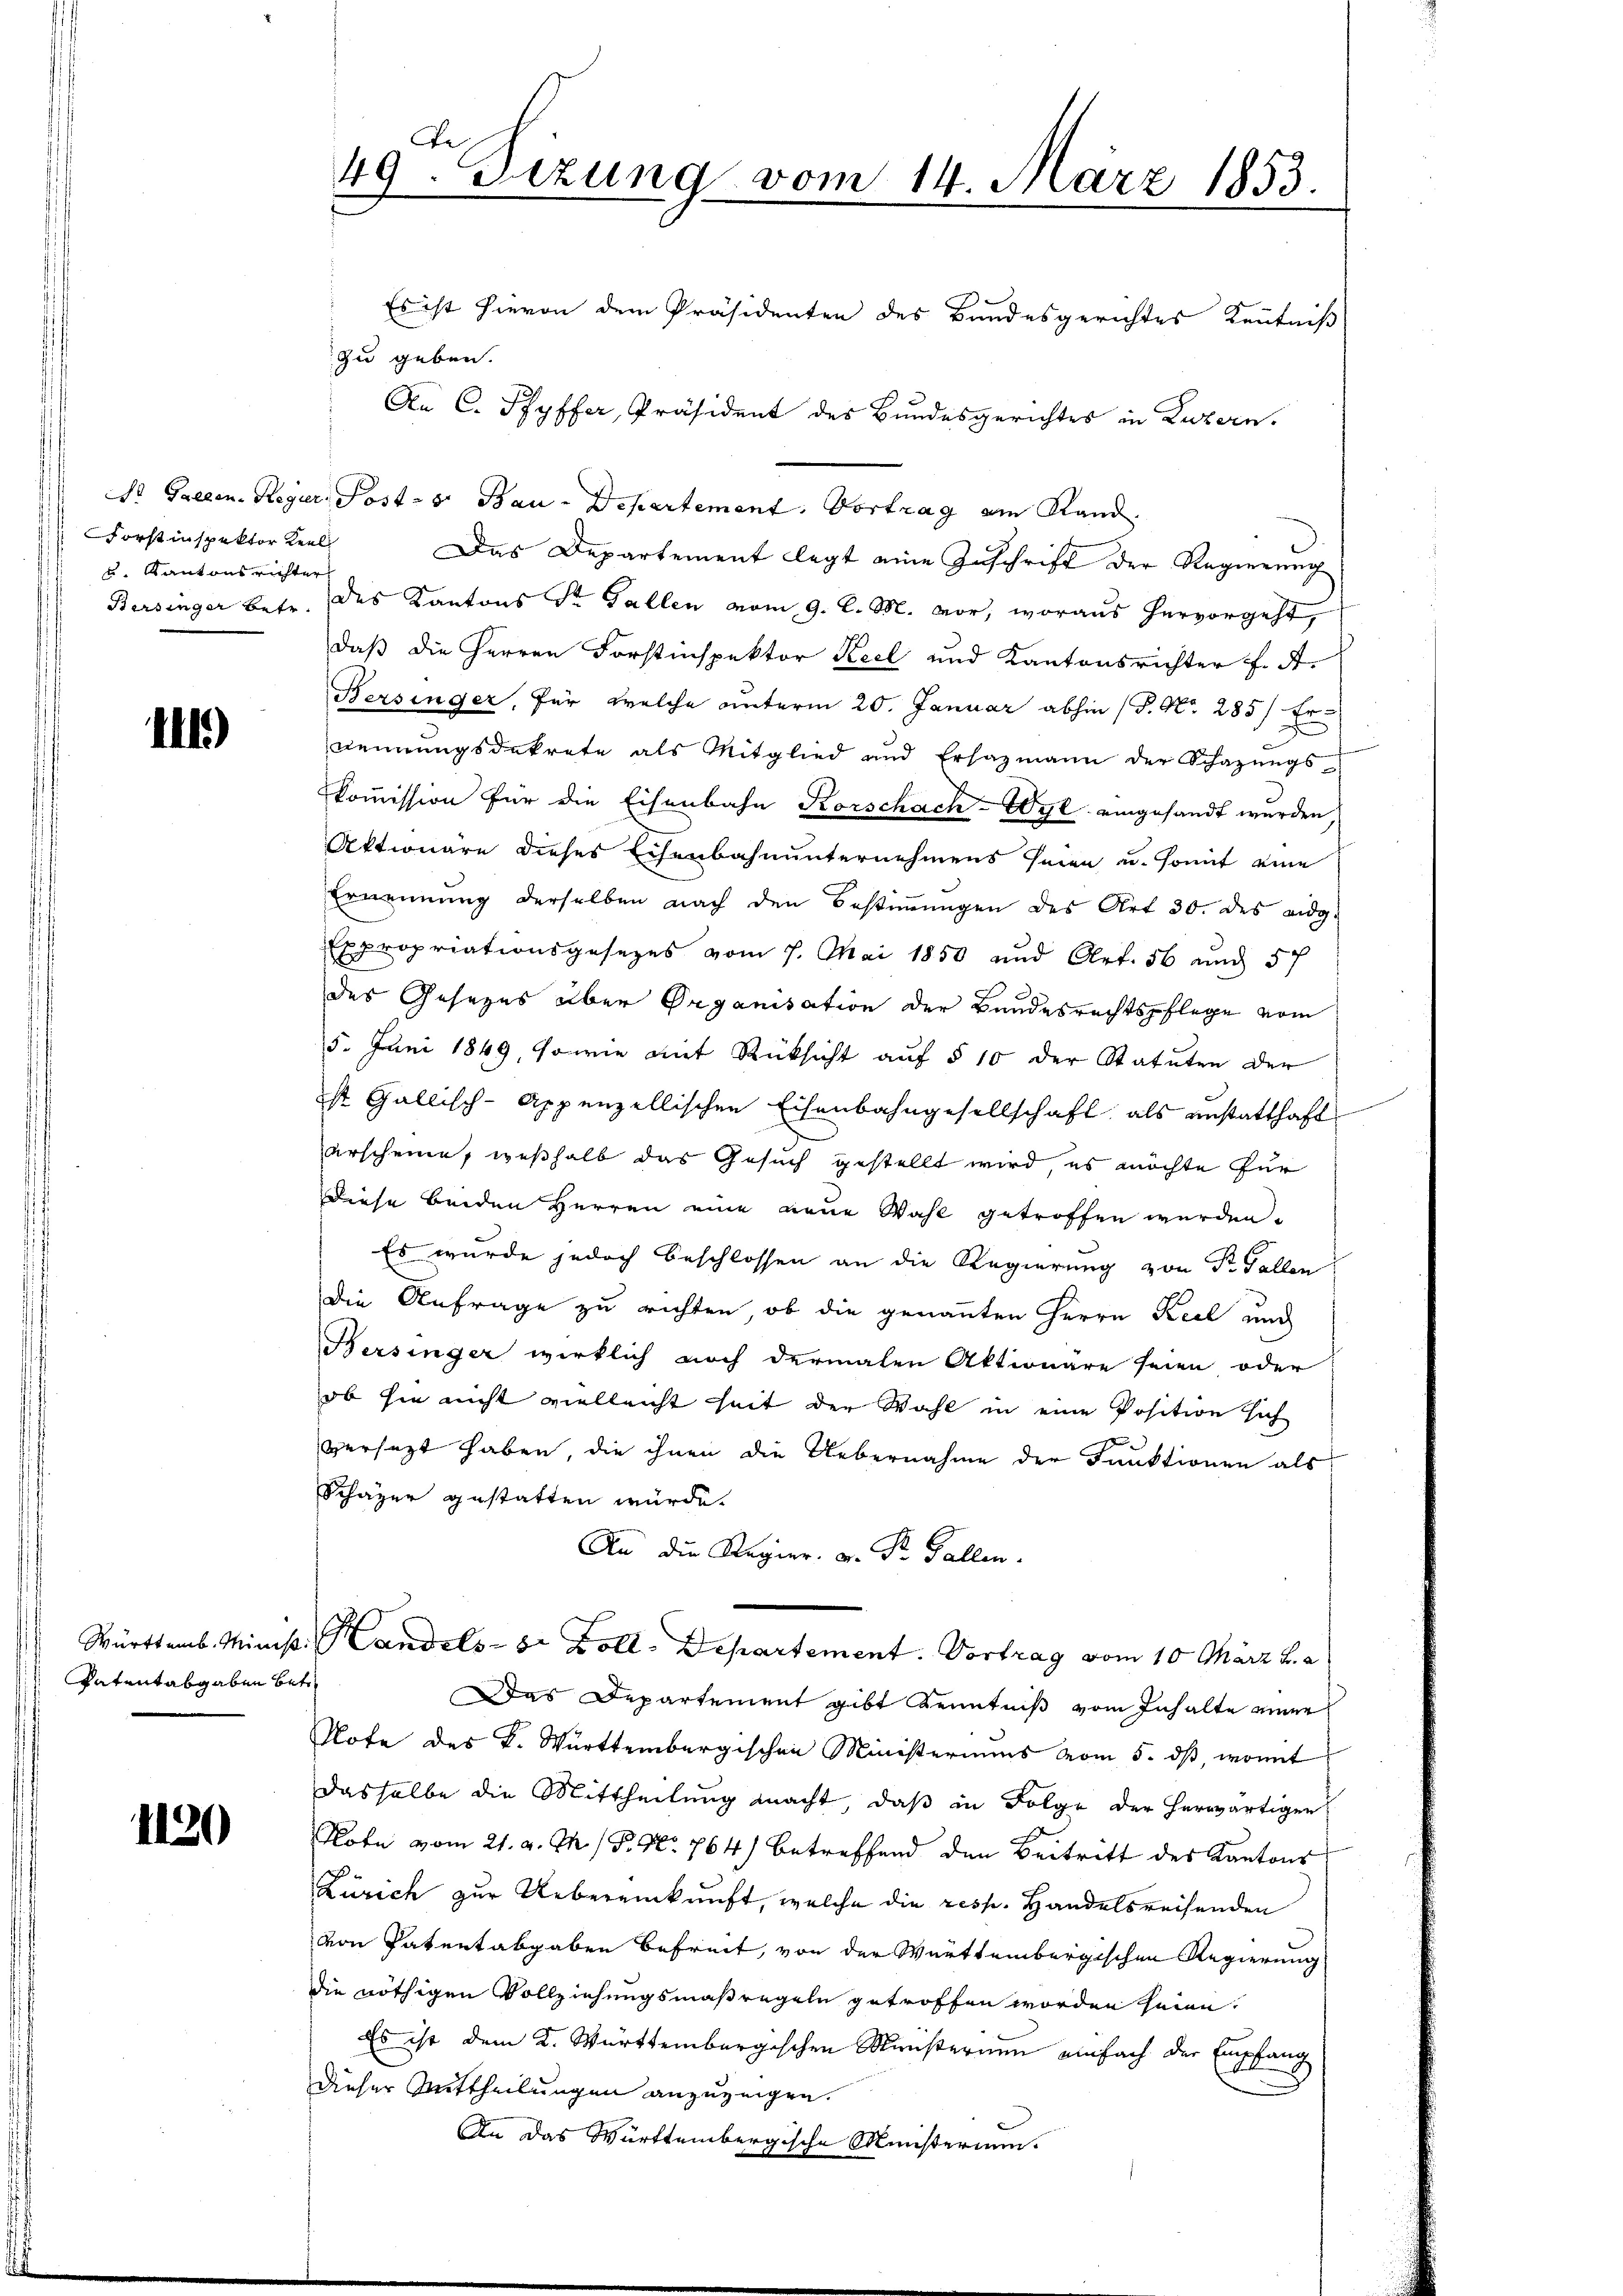
Forstinspektor Keel
u. Kantonsrichter

211)

Patentabgaben betr.

1120

De
49. Sitzung vom 14. März 1853.

Dr. Gallen. Regier. Postes Bau-Departement. Vortrag am Rand.

An C. Pfyffer, Präsident des Bundesgerichtes in Luzern.

Es ist hievon dem Präsidenten des Bundesgerichtes Kenntniß
zu geben.
Das Departement legt eine Zuschrift der Regierung
Bersinger betr. des Kantons St. Gallen vom 9. l. M. vor, woraus hervorgeht,
daß die Herren Forstinspektor Keel und Kantonsrichter f. A
Bersinger, für welche unterm 20. Januar abhin (P. Nr. 285/ Er
nennungsdekrete als Mitglied und Ersazmann der Schazungs
kommission für die Eisenbahn Korschach-Wyl eingesandt wurden,
Aktionäre dieses Eisenbahnunternehmens seien u. somit eine
Ernennung derselben nach den Bestimmungen des Art 30. des eidg.
Expropriationsgesezes vom 7. Mai 1850 und Art. 56 und 57
des Gesezes über Organisation der Bandesrechtspflege vom
15. Juni 1849, sowie mit Rücksicht auf § 10 der Statuten der
ist Gallisch-Appenzellischen Eisenbahngesellschaft als anstatthaft
erscheine, weßhalb das Gesuch gestellt wird, es möchte für
Diese beiden Herren eine neue Wahl getroffen wurden.
Es wurde jedoch beschlossen an die Regierung von St. Gallen
die Anfrage zu richten, ob die genannten Herrn Keel und
Bersinger wirklich noch dermalen Aktionäre seien oder
ob sie nicht vielleicht seit der Wahl in eine Position sich
versetzt haben, die ihnen die Uebernahme der Funktionen als
Schäzer gestatten würde.
An die Regier. v. Dr. Fallen.
Württemb. Minist. Handels- 8 Zoll. Departement. Vortrag vom 10. März l. a
Das Departement gibt Kenntniß vom Inhalte einer
Note des K. Württembergischen Ministeriums vom 5. dß, womit
Dasselbe die Mittheilung macht, daß in Folge der herwärtigen
Rote vom 21. d. M. P. Nr. 764) betreffend den Beitritt des Kantons
Zürich zur Uebereinkunft, welche die resp. Handelsreisenden
von Patentabgaben befreit, von der Württembergischen Regierung
die nöthigen Vollziehungsmaßregeln getroffen worden seien.
Es ist dem K. Württembergischen Ministerium einfach der Empfang
Dieser Mittheilungen anzuzeigen.
An das Württembergische Ministerium